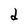
Character: d